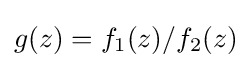
g(z)=f_{1}(z)/f_{2}(z)